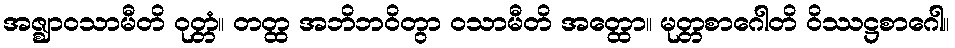
အဇ္ဈာဝသာမီတိ ဝုတ္တံ။ တတ္ထ အဘိဘဝိတွာ ဝသာမီတိ အတ္ထော။ မုတ္တစာဂေါတိ ဝိဿဋ္ဌစာဂေါ။